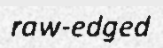
raw-edged